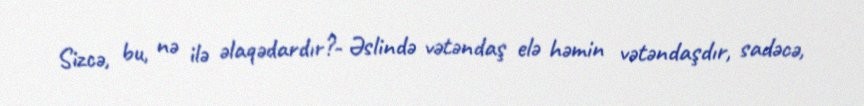
Sizcə, bu, nə ilə əlaqədardır?- Əslində vətəndaş elə həmin vətəndaşdır, sadəcə,